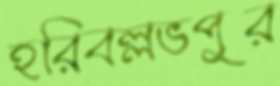
হরিবল্লভপুর